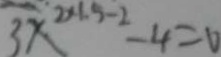
3 x ^ { 2 \times 1 . 5 - 2 } - 4 = 0